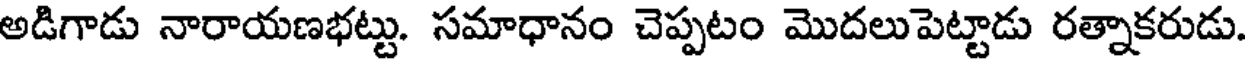
అడిగాడు నారాయణభట్టు. సమాధానం చెప్పటం మొదలుపెట్టాడు రత్నాకరుడు.